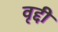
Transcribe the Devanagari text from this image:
वृद्दी